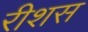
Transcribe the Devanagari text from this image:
रीशस